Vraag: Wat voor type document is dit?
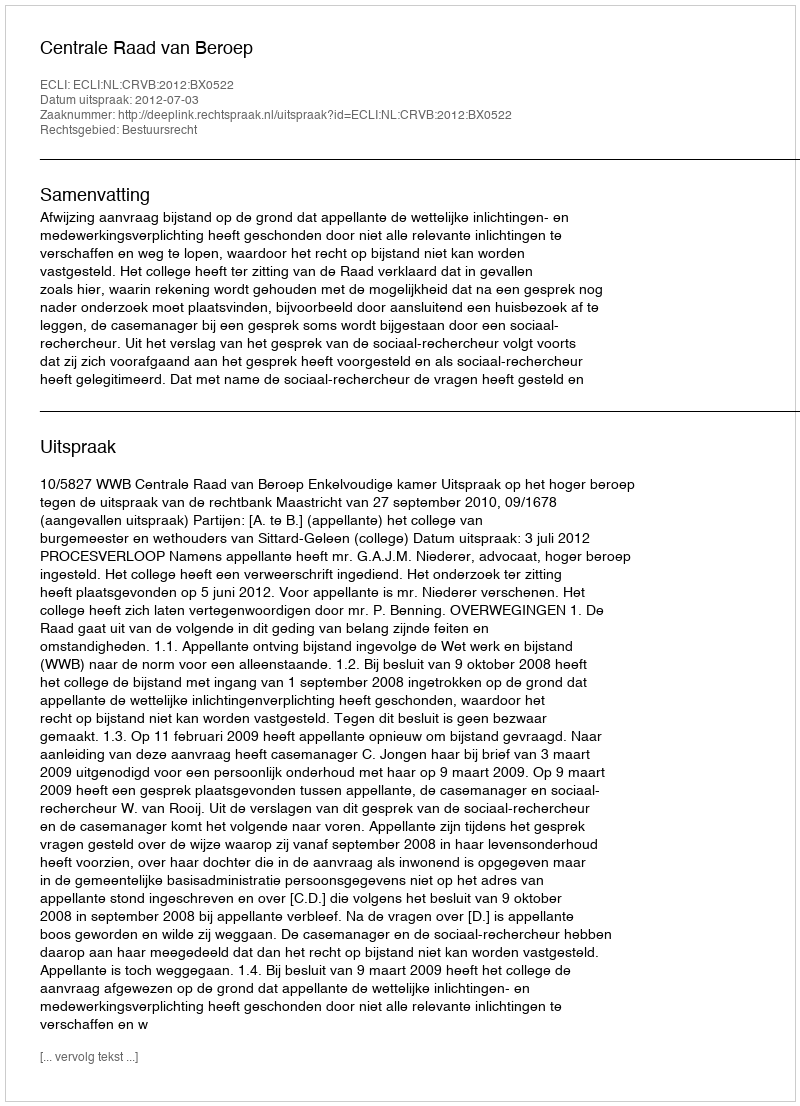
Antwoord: Uitspraak